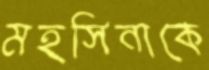
মহসিনাকে